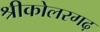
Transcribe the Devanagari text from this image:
श्रीकोलरगढ़